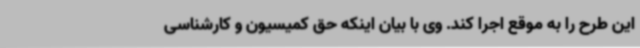
این طرح را به موقع اجرا کند. وی با بیان اینکه حق کمیسیون و کارشناسی